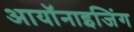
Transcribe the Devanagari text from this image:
आयॉनाइजिंग